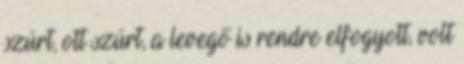
szúrt, ott szúrt, a levegő is rendre elfogyott, volt